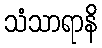
သံသာရာနိ